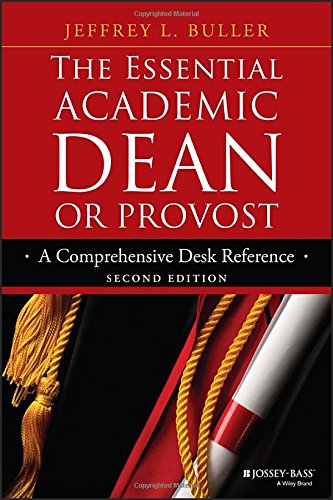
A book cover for The Essential Academic Dean or Provost: A Comprehensive Desk Reference (Jossey-Bass Resources for Department Chairs); Jeffrey L. Buller; Education & Teaching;